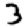
Digit: 3